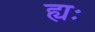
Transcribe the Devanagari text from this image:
ह्यः